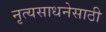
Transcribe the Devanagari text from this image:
नृत्यसाधनेसाठी